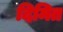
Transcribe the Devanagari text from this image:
दिमित